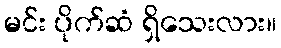
မင်း ပိုက်ဆံ ရှိသေးလား။